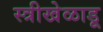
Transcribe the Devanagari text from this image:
स्त्रीखेळाडू